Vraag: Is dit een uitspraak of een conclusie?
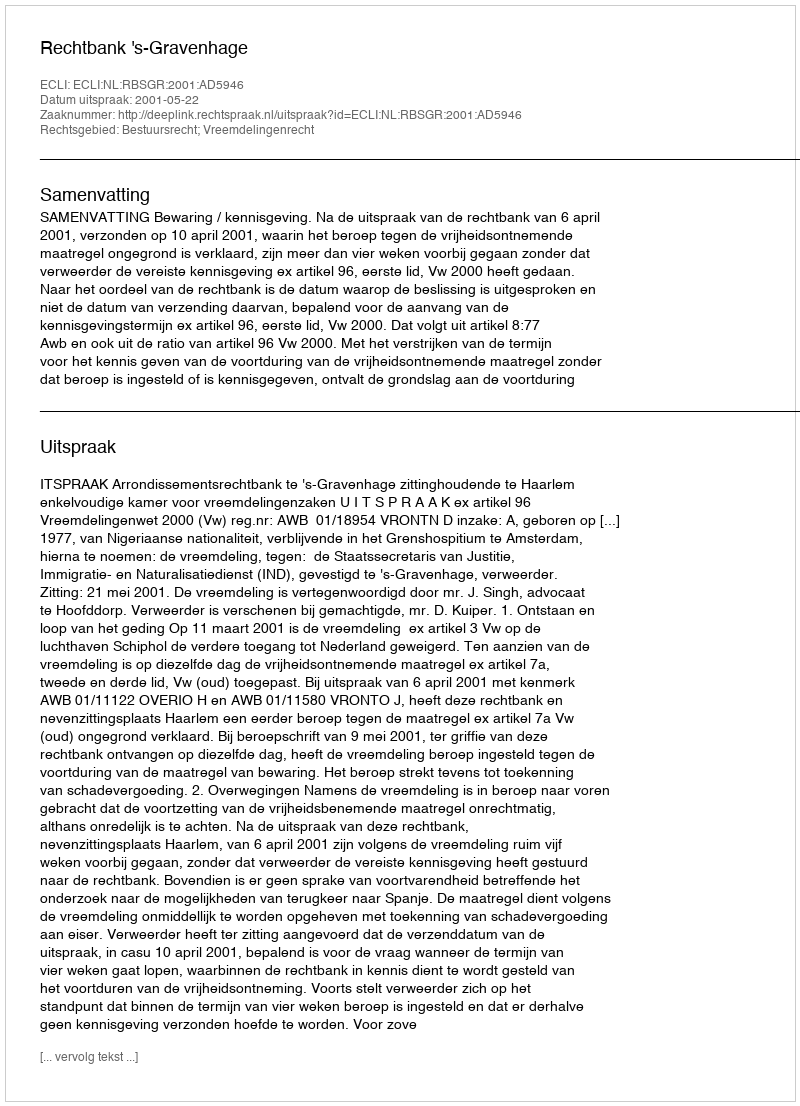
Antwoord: Uitspraak